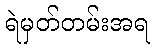
ရဲမှတ်တမ်းအရ